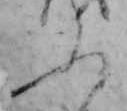
ふ